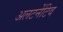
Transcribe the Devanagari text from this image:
अलटर्नेटिव